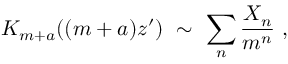
K _ { m + a } ( ( m + a ) z ^ { \prime } ) \ \sim \ \sum _ { n } \frac { X _ { n } } { m ^ { n } } \ ,